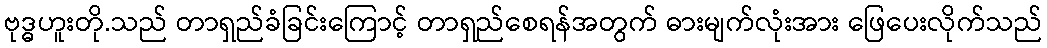
ဗုဒ္ဓဟူးတို.သည် တာရှည်ခံခြင်းကြောင့် တာရှည်စေရန်အတွက် ဓားမျက်လုံးအား ဖြေပေးလိုက်သည်